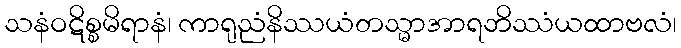
သနံဝဋိစ္စမိရာနံ၊ ကာရုညံနိဿယံတသ္မာအာရဘိဿံယထာဗလံ၊